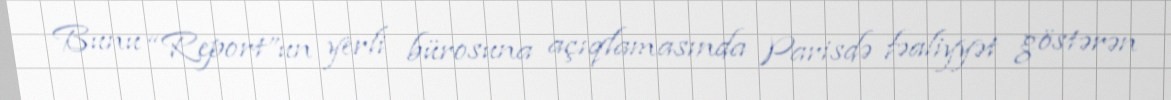
Bunu “Report”un yerli bürosuna açıqlamasında Parisdə fəaliyyət göstərən